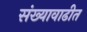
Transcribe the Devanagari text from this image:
संख्यावाढीत